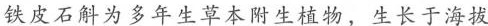
铁皮石斛为多年生草本附生植物，生长于海拔